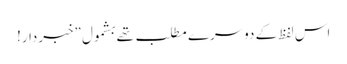
اس لفظ کے دوسرے مطلب تھے بشمول ”خبردار!